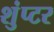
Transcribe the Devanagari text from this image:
शुंप्टर